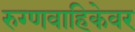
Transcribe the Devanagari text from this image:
रुग्णवाहिकेवर